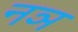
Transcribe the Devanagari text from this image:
नञ